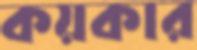
কয়কার